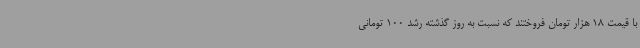
با قیمت 18 هزار تومان فروختند که نسبت به روز گذشته رشد 100 تومانی